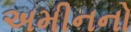
અમીનનો